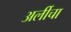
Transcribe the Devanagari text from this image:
अर्लीचा